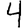
Digit: 4